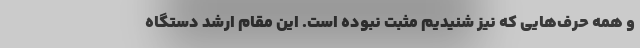
و همه حرف‌هایی که نیز شنیدیم مثبت نبوده است. این مقام ارشد دستگاه